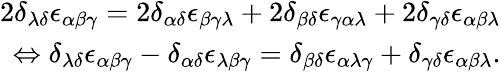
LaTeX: \begin{array}{r}{2\delta_{\lambda\delta}\epsilon_{\alpha\beta\gamma}=2\delta_{\alpha\delta}\epsilon_{\beta\gamma\lambda}+2\delta_{\beta\delta}\epsilon_{\gamma\alpha\lambda}+2\delta_{\gamma\delta}\epsilon_{\alpha\beta\lambda}}\\ {\Leftrightarrow\delta_{\lambda\delta}\epsilon_{\alpha\beta\gamma}-\delta_{\alpha\delta}\epsilon_{\lambda\beta\gamma}=\delta_{\beta\delta}\epsilon_{\alpha\lambda\gamma}+\delta_{\gamma\delta}\epsilon_{\alpha\beta\lambda}.}\end{array}